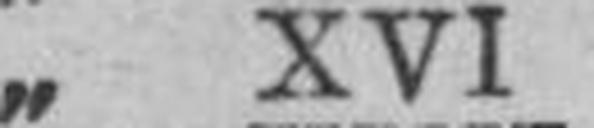
„ XVI